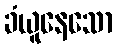
ခံယူနေသော